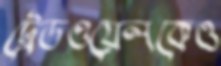
ট্রেডওয়েলকেও